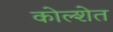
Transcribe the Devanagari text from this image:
कोल्शेत